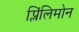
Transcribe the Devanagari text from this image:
प्लिंलिमोन